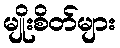
မျိုးစိတ်များ